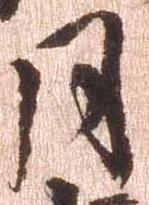
月